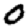
Digit: 0